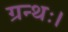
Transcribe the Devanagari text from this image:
ग्रन्थः।